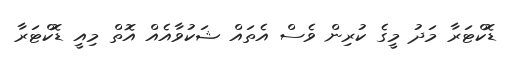
ޑޮކްޓަރާ މަދު މީގެ ކުރިން ވެސް އެތައް ޝަކުވާއެއް އޮތް މިއީ ޑޮކްޓަރާ